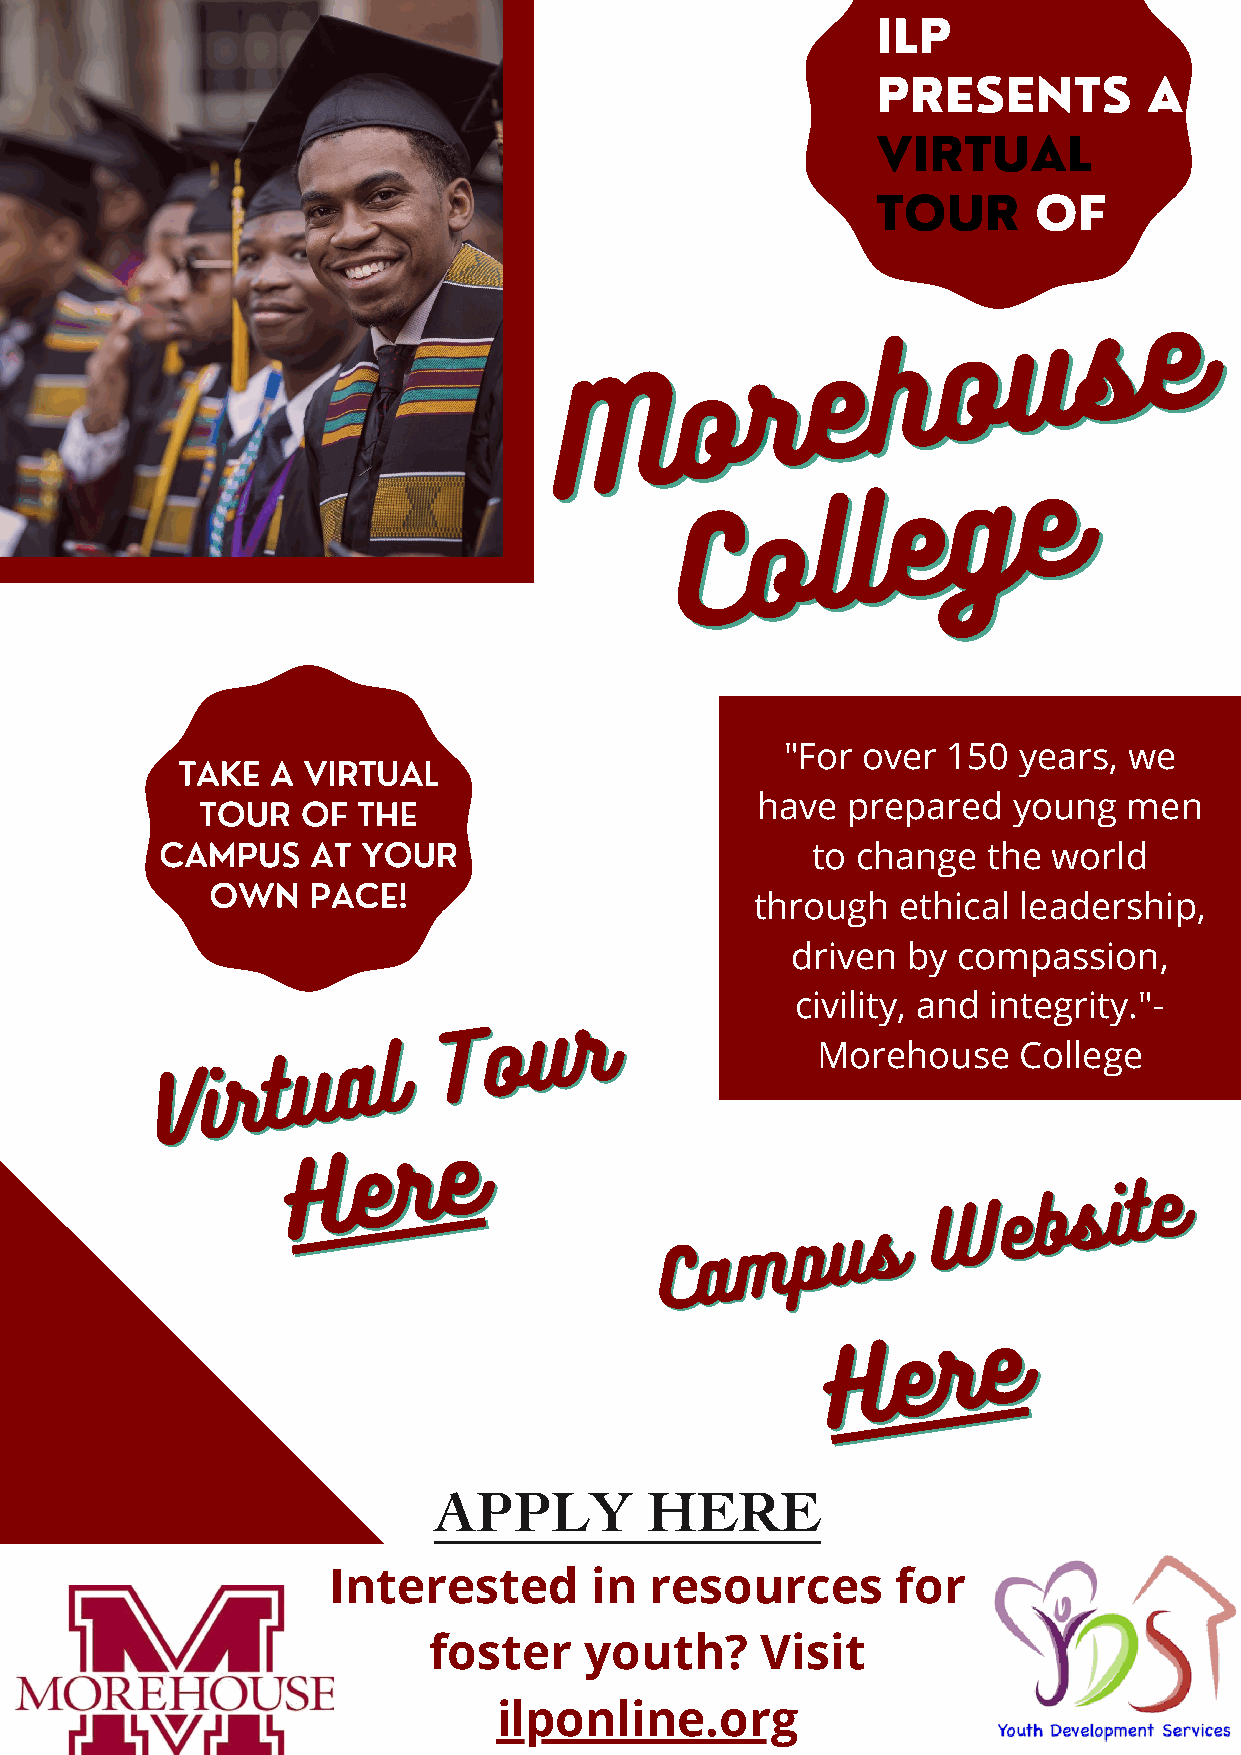
ILP
 PRESENTS          A
 VIRTUAL
 TOUR       OF
 uu
 ss
 ee
 oo
 hh
 oo
 rr
 ee
 MM
 gg
 ee
 oo  ll ll
 ee
 CC
 "For over  150 years,  we
 TAKE  A VIRTUAL
 TOUR   OF  THE                       have  prepared   young   men
 CAMPUS    AT YOUR
 to change  the  world
 OWN   PACE!
 through   ethical leadership,
 driven  by compassion,
 VV ii rr tt uu
 aa ll
 TT
 oo
 uu rr             ci Mvil oit ry e,
 h
 a on ud
 s
 ein Cte og llr eit gy e."-
 HH
 ee
 rr
 ee
 WW  ee bb ss ii tt ee
 mm  pp uu ss
 CC aa
 HH
 ee
 rr
 ee
 APPLY         HERE
 Interested       in  resources       for
 foster     youth?     Visit
 ilponline.org